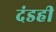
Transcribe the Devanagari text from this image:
दंडही